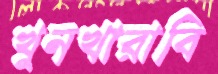
খুনখারাবি